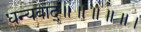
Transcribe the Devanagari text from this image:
धन्यवाद्॥॥॥॥॥।